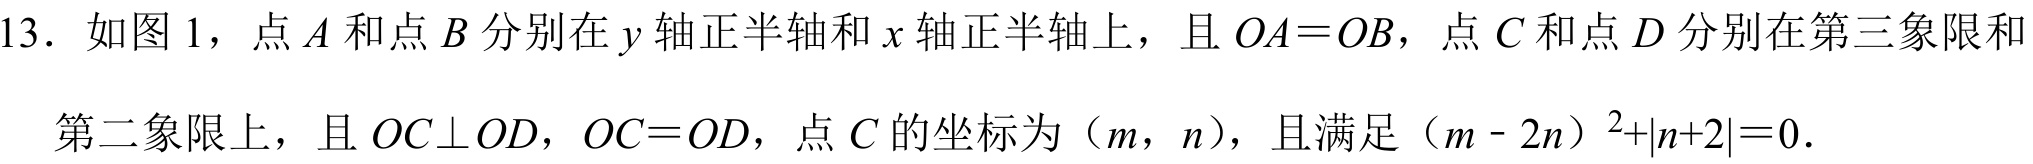
13. 如图 1，点 \(A\) 和点 \(B\) 分别在 \(y\) 轴正半轴和 \(x\) 轴正半轴上，且 \(OA = OB\)，点 \(C\) 和点 \(D\) 分别在第三象限和
第二象限上，且 \(OC\perp OD\)，\(OC = OD\)，点 \(C\) 的坐标为（\(m\)，\(n\)），且满足 \((m - 2n)^{2}+\vert n + 2\vert=0\).